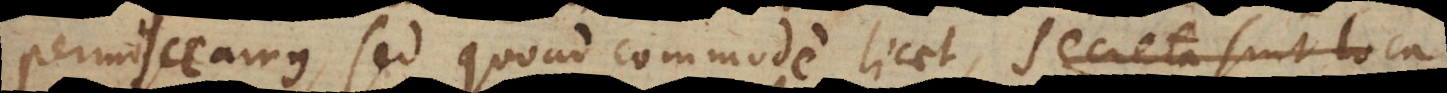
permisceamus, sed quoad commode licet, secreta sint loca